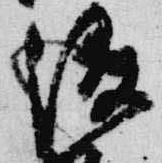
俊